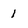
Character: 1